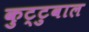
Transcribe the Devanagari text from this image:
कुट्टुवाल